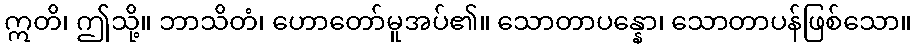
ဣတိ၊ ဤသို့။ ဘာသိတံ၊ ဟောတော်မူအပ်၏။ သောတာပန္နော၊ သောတာပန်ဖြစ်သော။